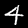
Label: 4